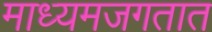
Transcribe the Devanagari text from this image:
माध्यमजगतात